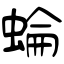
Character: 蜦